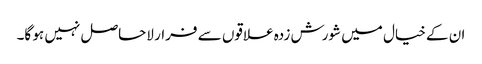
ان کے خیال میں شورش زدہ علاقوں سے فرار لاحاصل نہیں ہو گا۔